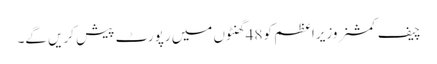
چیف کمشنر وزیراعظم کو 48 گھنٹوں میں رپورٹ پیش کریں گے۔